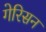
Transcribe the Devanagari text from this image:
गेरिसन